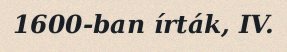
1600-ban írták, IV.